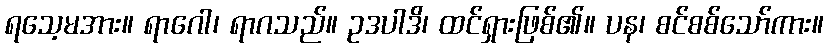
ရသေ့မအား။ ရာဂေါ၊ ရာဂသည်။ ဥဒပါဒိ၊ ထင်ရှားဖြစ်၏။ ပန၊ စင်စစ်သော်ကား။